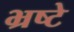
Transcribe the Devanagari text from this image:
भ्रष्टे